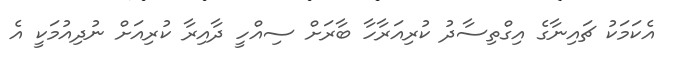
އެކަމަކު ޗައިނާގެ އިގްތިސާދު ކުރިއަރާހާ ބާރަށް ސިއްހީ ދާއިރާ ކުރިއަށް ނުދިއުމަކީ އެ